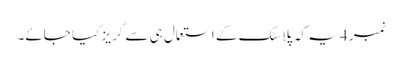
نمبر 4 یہ کہ پلاسٹک کے استعمال ہی سے گریز کیا جائے۔